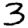
Digit: 3